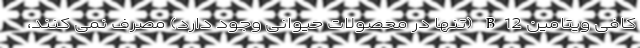
کافی ویتامین B12 (تنها در محصولات حیوانی وجود دارد) مصرف نمی کنند،